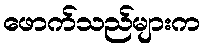
ဖောက်သည်များက